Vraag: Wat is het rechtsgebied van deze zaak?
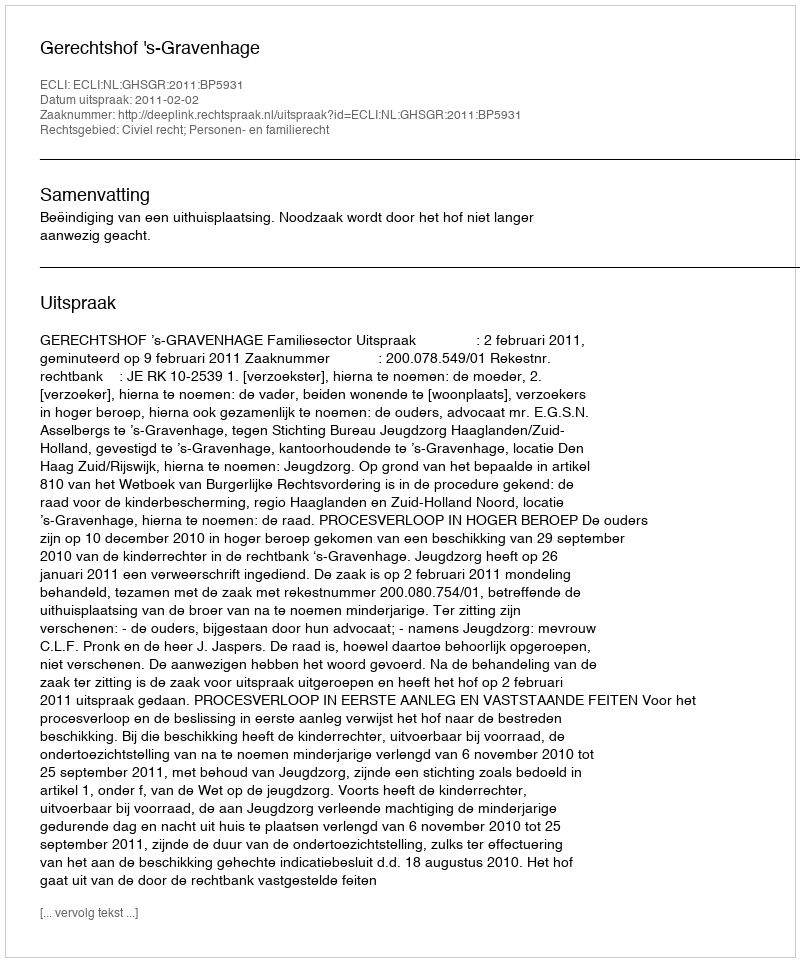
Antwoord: Civiel recht; Personen- en familierecht